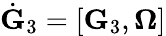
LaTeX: \dot{\mathbf G}_{3}=[{\mathbf G}_{3},{\boldsymbol\Omega}]